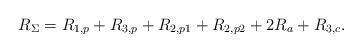
\begin{align*}R_\Sigma &= R_{1,p} + R_{3,p} + R_{2,p1} + R_{2,p2} + 2R_{a} + R_{3,c}. \end{align*}